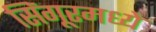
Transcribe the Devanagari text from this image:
सिंगूरमध्ये